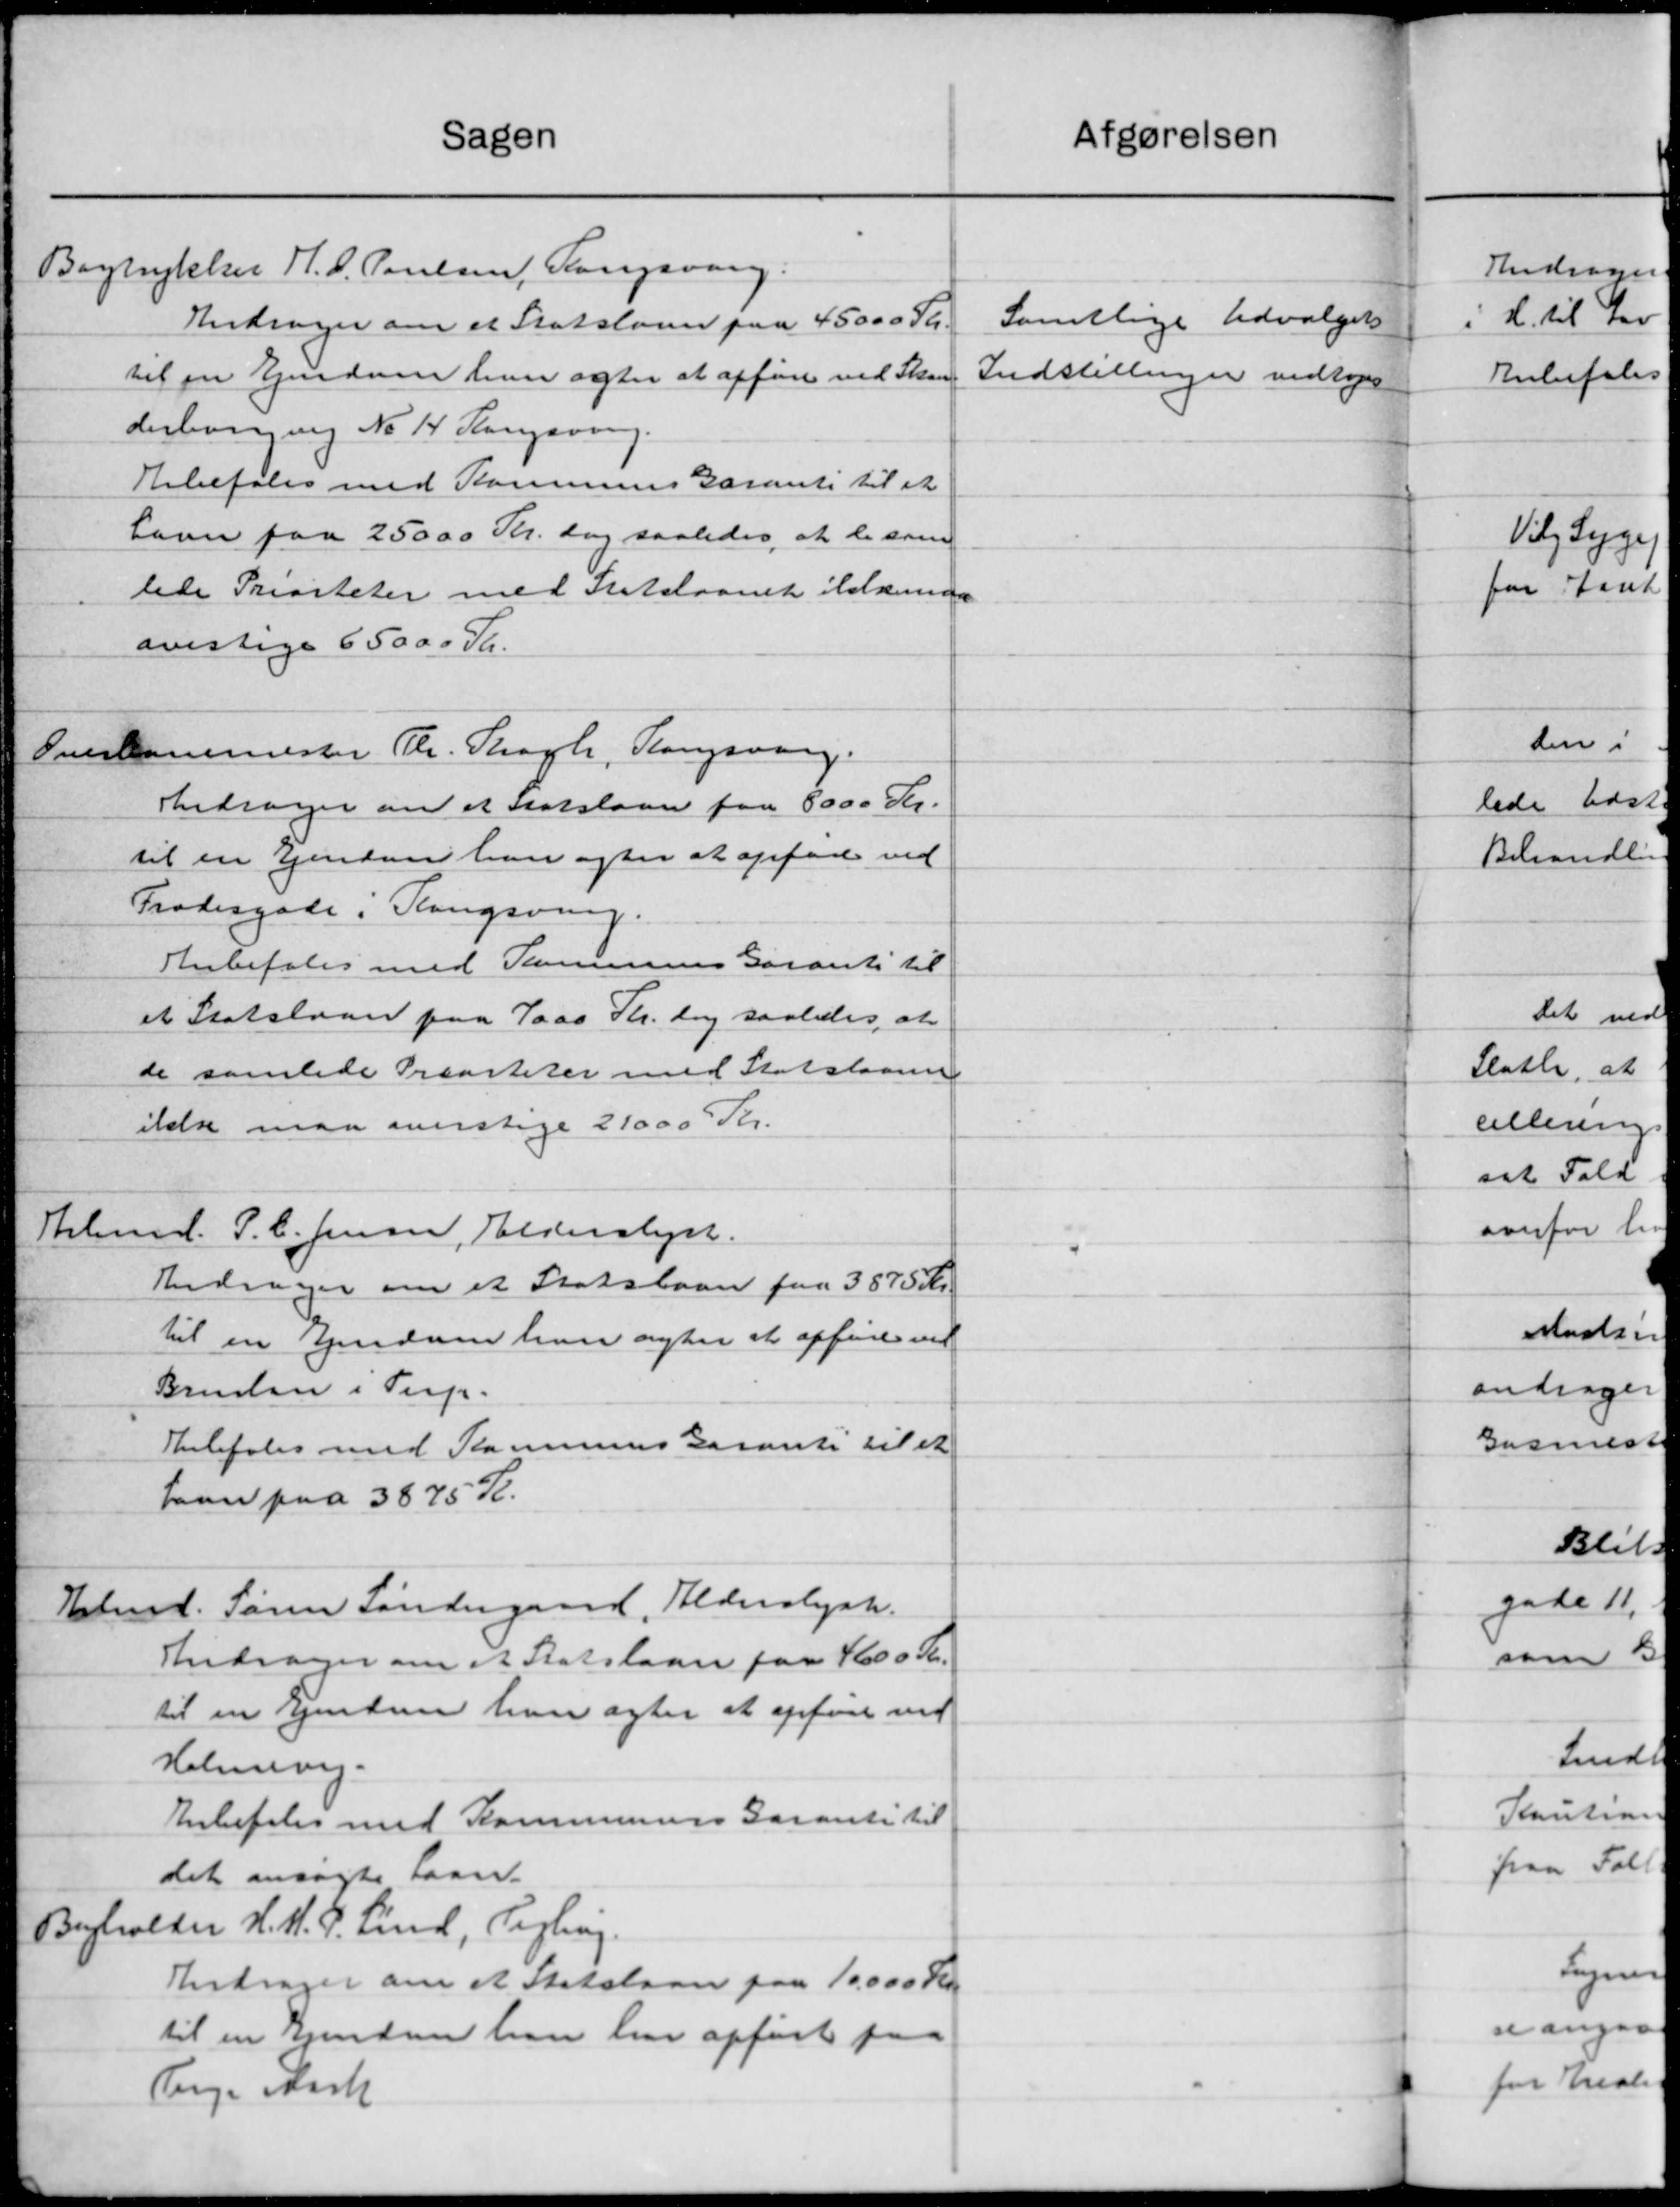
Transskription:
Sagen
Bogtrykker H. C. Poulsen, Kongsvang
Andrager om et Statslaan paa 45000 Kr.
til en Ejendom han agter at opføre ved Skov
derborening No 14 Sangsvang.
Anbefales med Kommunes Garanti til et
have paa 25000 Kr. dog saaledes, at de som
lede Prisiteter med Statslaanet ildkunde
ovestige 65000 Kr.
Overbanemester Th. Thogh, Slangsvorg.
Indsager om at statslaan paa 8000 Kr.
til en Ejendom han agter at opføre ved
Frodergade i Slangsving.
Anbefales med Kommunes Garant til
et Statslaan paa 7000 Th. dog saaledes, at
de samlede Præarteter med Statslaane
ikke maa overstage 21000 Kr.
Hlemd. P. C. Jensen, Alderslyst.
Andrager om et Statsbarn fra 3875 Kr.
til en Ejendom han agter at opføre ved
Brudsen i Terp.
Anbefales med Kommunens Garanti til et
Laan paa 3875 Kr.
Ebmd. Søren Søndergaard, Alderslyst.
Andrager om et Statslaan paa 4600 Kr.
til en Vejendom han agter at opføre ved
Holmevej.
Anbefales med Kommunens Garanti til
det ansøgte Laan.
Bygholder H. H. P. Lind, Tegling.
Andrager om et Statslaan paa 10.000 Kr.
til en Ejendom han har opført paa
Prge Kirk